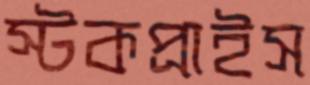
স্টকপ্রাইস